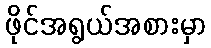
ဖိုင်အရွယ်အစားမှာ